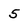
Character: 5